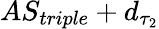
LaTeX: AS_{triple}+d_{\tau_{2}}